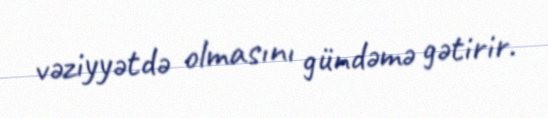
vəziyyətdə olmasını gündəmə gətirir.